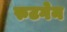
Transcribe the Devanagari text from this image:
रुटगेन